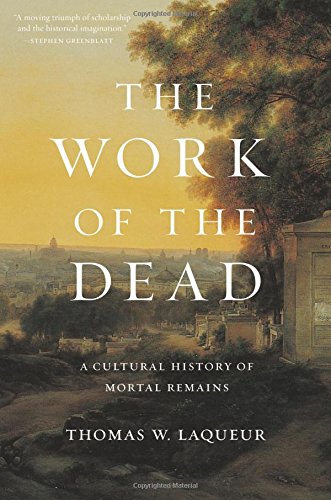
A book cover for The Work of the Dead: A Cultural History of Mortal Remains; Thomas W. Laqueur; History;